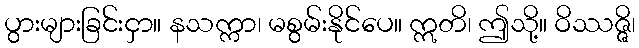
ပွားများခြင်းငှာ။ နသက္ကာ၊ မစွမ်းနိုင်ပေ။ ဣတိ၊ ဤသို့။ ဝိဿဇ္ဇိ၊